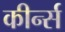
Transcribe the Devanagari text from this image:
कीर्न्स